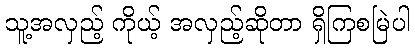
သူ့အလှည့် ကိုယ့် အလှည့်ဆိုတာ ရှိကြစမြဲပါ